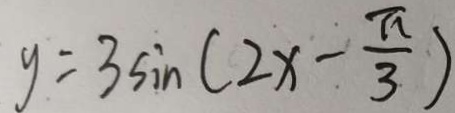
y = 3 \sin ( 2 x - \frac { \pi } { 3 } )